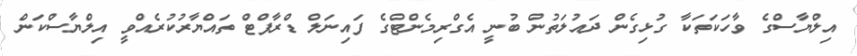
އިލްޔާސްގެ ވާހަކަތަކާ ގުޅިގެން ދައުލަތުން ބުނީ އެގްރިމެންޓްގެ ފައިނަލް ޑްރާފްޓް ތައްޔާރުކުރެއްވީ އިލްޔާސްކަން